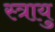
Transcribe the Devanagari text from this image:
स्त्रायु